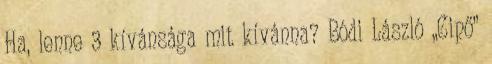
Ha, lenne 3 kívánsága mit kívánna? Bódi László „Cipő”